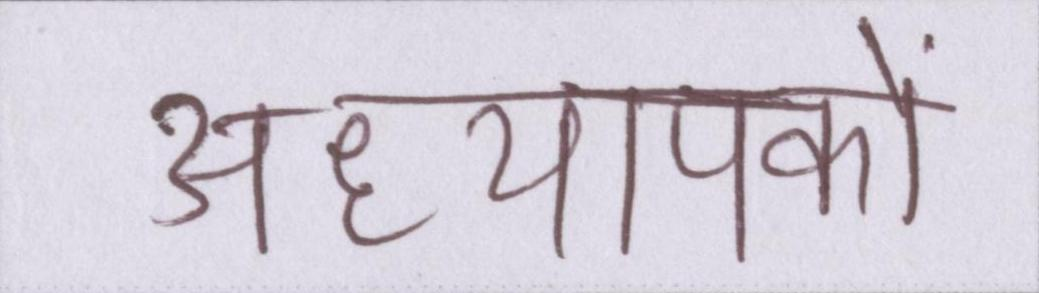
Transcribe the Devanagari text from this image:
अध्यापकों